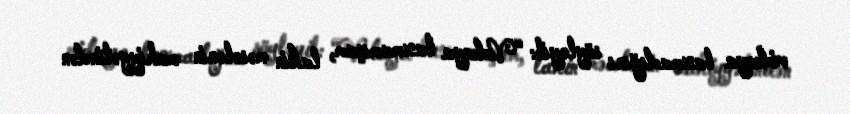
videoya baxmadığını söyləyib: “Videoya baxmamışam, lakin məsələnin mahiyyətindən